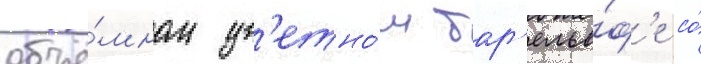
объё́мном цв'етно́м бар'елье́ф'е со́